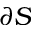
\partial S